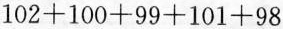
$$1 0 2 + 1 0 0 + 9 9 + 1 0 1 + 9 8$$